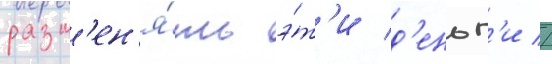
разм'ен'я́ть э́т'и д'еньг'и //